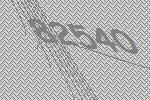
82540